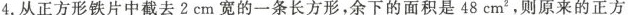
4.从正方形铁片中截去2cm宽的一条长方形，余下的面积是48cm^{2}，则原来的正方